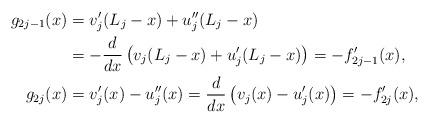
LaTeX: \begin{align*}g_{2j-1}(x) & = v_j^\prime(L_j - x) + u_j^{\prime\prime}(L_j - x) \\ & = - \frac{d}{dx} \left(v_j(L_j - x) + u_j^{\prime}(L_j - x)\right) = - f_{2j-1}^\prime(x), \\g_{2j}(x) & = v_j^\prime(x) - u_j^{\prime\prime}(x) = \frac{d}{dx} \left(v_j(x) - u_j^\prime(x)\right) = -f_{2j}^\prime(x),\end{align*}